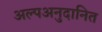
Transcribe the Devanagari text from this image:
अल्पअनुदानित